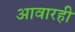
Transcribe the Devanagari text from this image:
आवारही